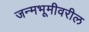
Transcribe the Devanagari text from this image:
जन्मभूमीवरील